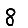
Digit: 8